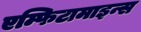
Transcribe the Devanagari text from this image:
एम्फिटामाइन्स